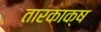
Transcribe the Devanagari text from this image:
तारकाक्ष